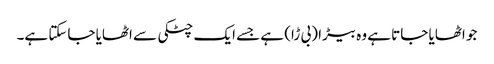
جو اٹھایا جاتا ہے وہ بیڑا (بی ڑا) ہے جسے ایک چٹکی سے اٹھایا جاسکتا ہے۔